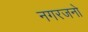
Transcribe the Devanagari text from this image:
नगरजनो